Annual report on the health of the army in India
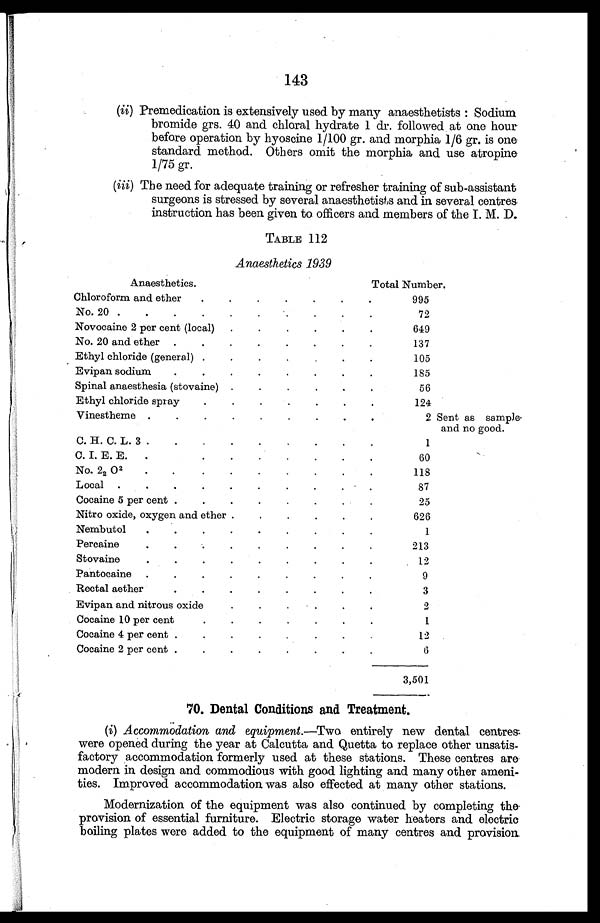
143
( i i )
P r e m e d i c a t i o n i s e x t e n s i v e l y u s e d b y m a n y a n a e s t h e t i s t s : S o d i u m
bromide grs. 40 and chloral hydrate 1 dr. followed at one hour
before operation by hyoscine 1/100 gr. and morphia 1/6 gr. is one
standard method. Others omit the morphia and use atropine
1/75 gr.
( i i i )
T h e n e e d f o r a d e q u a t e t r a i n i n g o r r e f r e s h e r t r a i n i n g o f s u b - a s s i s t a n t
surgeons is stressed by several anaesthetists and in several centres
instruction has been given to officers and members of the I. M. D.
TABLE 112
Anaesthetics 1939
Anaesthetics.
Total Number.
Chloroform and ether . . .
995
No. 20 . . .
72
Novocaine 2 per cent (local) . . .
649
No. 20 and ether . . .
137
Ethyl chloride (general) . . .
105
Evipan sodium . . .
185
Spinal anaesthesia (stovaine) . . .
56
Ethyl chloride spray . . .
124
Vinestheme . . .
2 Sent as sample
and no good.
C. H. C. L. 3 . . .
1
C. I. E. E. . .
6 0
No. 2 2 0 2 . . .
118
Local . . .
87
Cocaine 5 per cent . . .
25
Nitro oxide, oxygen and ether . . .
626
Nembutol . . .
1
Percaine . . .
213
Stovaine . . .
12
Pantocaine . . .
9
Rectal aether . . .
3
Evipan and nitrous oxide . . .
2
Cocaine 10 per cent. . .
1
Cocaine 4 per cent . . .
12
Cocaine 2 per cent . . .
6
3,501
70. Dental Conditions and Treatment.
(i) Accommodation and equipment.— Two entirely new dental centres.
were opened during the year at Calcutta and Quetta to replace other unsatis
- f a c t o r y a c c o m m o d a t i o n f o r m e r l y u s e d a t t h e s e s t a t i o n s . T h e s e c e n t r e s a r e
modern in design and commodious with good lighting and many other ameni--
ties. Improved accommodation was also effected at many other stations.
Modernization of the equipment was also continued by completing the
provision of essential furniture. Electric storage water heaters and electric
boiling plates were added to the equipment of many centres and provision.